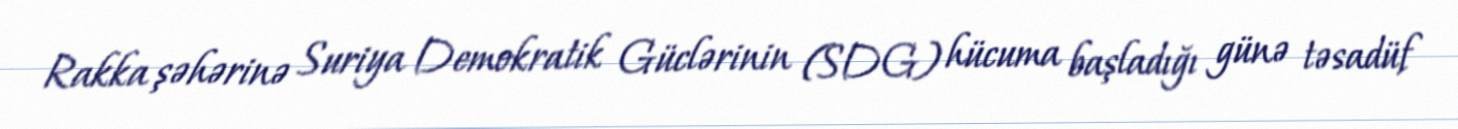
Rakka şəhərinə Suriya Demokratik Güclərinin (SDG) hücuma başladığı günə təsadüf